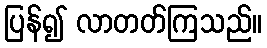
ပြန်၍ လာတတ်ကြသည်။